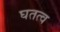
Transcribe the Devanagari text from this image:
घतत्व